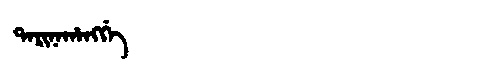
Manchu: ᡨᠠᡵᡳᠨᠠᡥᠠᠩᡤᡝ
Romanization: TARINAHANGGE